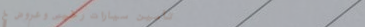
تأمين سيارات رخيص وعروض خ